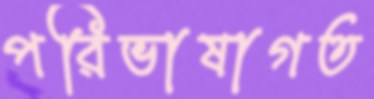
পরিভাষাগত